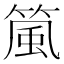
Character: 𬕜